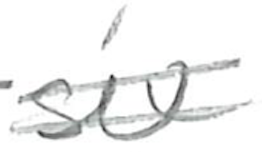
Text: six
Cross-out: double-line
Writing tool: pencil